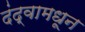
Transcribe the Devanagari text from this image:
दंद्वामधून